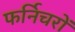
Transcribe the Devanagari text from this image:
फर्निचरों